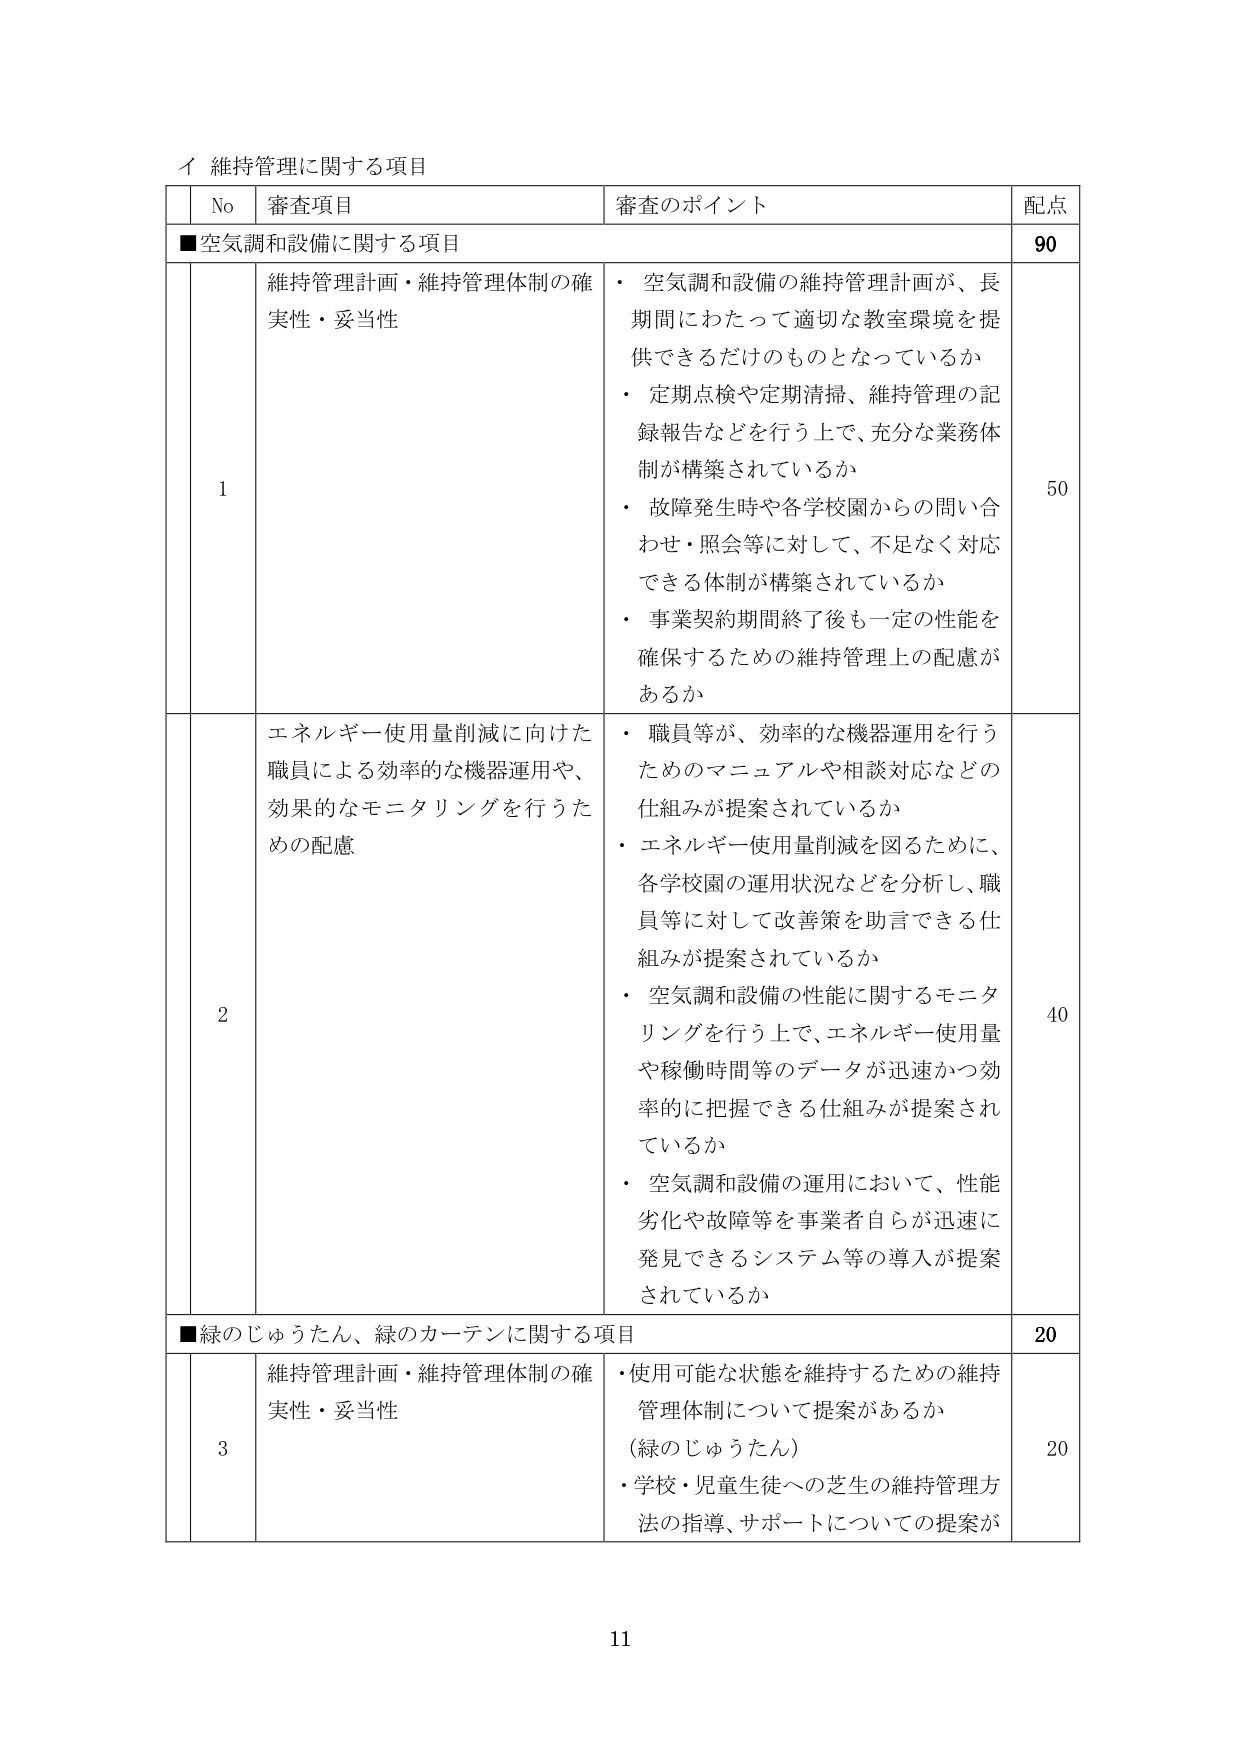
イ 維持管理に関する項目

No 審査項目 審査のポイント 配点

■空気調和設備に関する項目 90

1 維持管理計画・維持管理体制の確実性・妥当性
・ 空気調和設備の維持管理計画が、長期間にわたって適切な教室環境を提供できるだけのものとなっているか
・ 定期点検や定期清掃、維持管理の記録報告などを行う上で、充分な業務体制が構築されているか
・ 故障発生時や各学校園からの問い合わせ・照会等に対して、不足なく対応できる体制が構築されているか
・ 事業契約期間終了後も一定の性能を確保するための維持管理上の配慮があるか 50

2 エネルギー使用量削減に向けた職員による効率的な機器運用や、効果的なモニタリングを行うための配慮
・ 職員等が、効率的な機器運用を行うためのマニュアルや相談対応などの仕組みが提案されているか
・ エネルギー使用量削減を図るために、各学校園の運用状況などを分析し、職員等に対して改善策を助言できる仕組みが提案されているか
・ 空気調和設備の性能に関するモニタリングを行う上で、エネルギー使用量や稼働時間等のデータが迅速かつ効率的に把握できる仕組みが提案されているか
・ 空気調和設備の運用において、性能劣化や故障等を事業者自らが迅速に発見できるシステム等の導入が提案されているか 40

■緑のじゅうたん、緑のカーテンに関する項目 20

3 維持管理計画・維持管理体制の確実性・妥当性
・ 使用可能な状態を維持するための維持管理体制について提案があるか（緑のじゅうたん）
・ 学校・児童生徒への芝生の維持管理方法の指導、サポートについての提案が 20

11